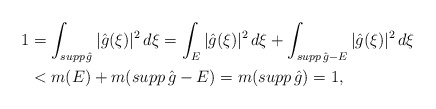
\begin{align*}1 &= \int_{supp \, \hat g} |\hat g(\xi)|^2 \, d\xi = \int_E |\hat g(\xi)|^2 \, d\xi + \int_{supp \, \hat g - E} |\hat g(\xi)|^2 \, d\xi \\&< m(E)+m(supp \, \hat g - E)=m(supp \, \hat g) = 1,\end{align*}